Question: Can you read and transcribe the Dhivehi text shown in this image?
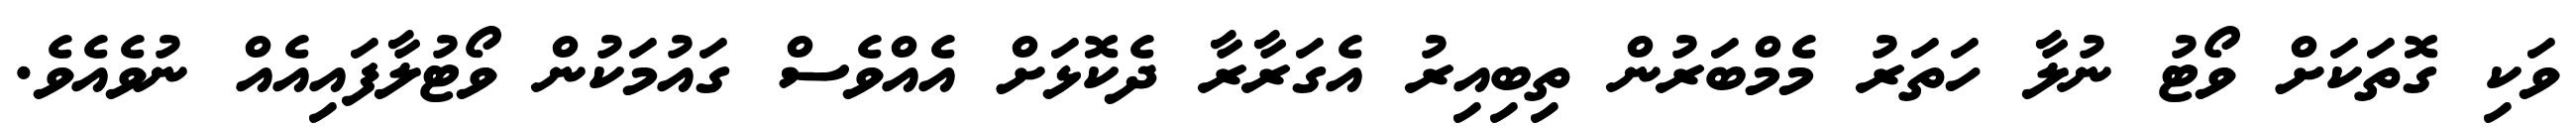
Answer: ވަކި ގޮތަކަށް ވޯޓު ނުލާ ހަތަރު މެމްބަރުން ތިބިއިރު އެގަރާރާ ދެކޮޅަށް އެއްވެސް ގައުމަކުން ވޯޓުލާފައިއެއް ނުވެއެވެ.